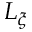
L _ { \xi }